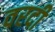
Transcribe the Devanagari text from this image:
वरदी